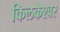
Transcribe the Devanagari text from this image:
किलकेश्‍वर